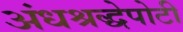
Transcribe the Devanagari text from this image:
अंधश्रद्धेपोटी